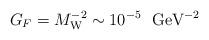
LaTeX: \begin{align*}G_F=M_{\rm W}^{-2} \sim 10^{-5} \ \ \mbox{GeV}^{-2}\end{align*}